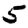
Digit: 5